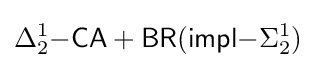
\Delta _{2}^{1}{\mathsf {-CA+BR(impl-}}\Sigma _{2}^{1})